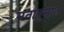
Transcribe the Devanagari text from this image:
मतानुमान